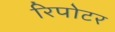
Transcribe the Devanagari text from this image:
रिपोटर